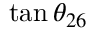
\tan \theta _ { 2 6 }